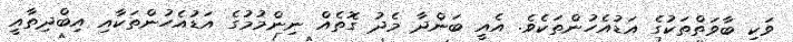
ވަކި ބާވަތްތަކުގެ އަޑުއެހުންތަކެވެ. އެއީ ބަންދާ މެދު ގޮތެއް ނިންމުމުގެ އަޑުއެހުންތަކާއި އިބްދިތާއީ